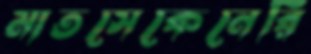
মাতসেকেনেরি